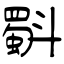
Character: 斣